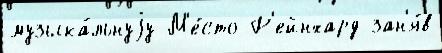
музыка́льнуjу М'е́сто Р'ейнхард зан'я́в